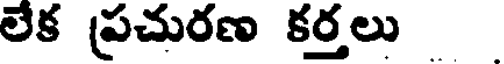
లేక ప్రచురణ కర్తలు